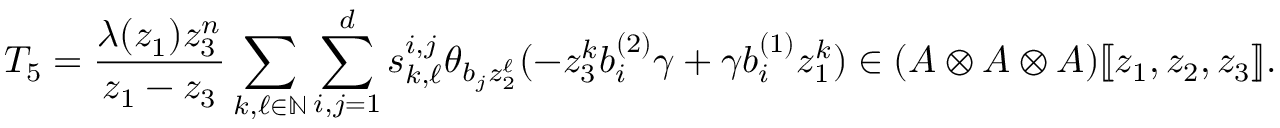
T _ { 5 } = \frac { \lambda ( z _ { 1 } ) z _ { 3 } ^ { n } } { z _ { 1 } - z _ { 3 } } \sum _ { k , \ell \in \mathbb { N } } \sum _ { i , j = 1 } ^ { d } s _ { k , \ell } ^ { i , j } \theta _ { b _ { j } z _ { 2 } ^ { \ell } } ( - z _ { 3 } ^ { k } b _ { i } ^ { ( 2 ) } \gamma + \gamma b _ { i } ^ { ( 1 ) } z _ { 1 } ^ { k } ) \in ( A \otimes A \otimes A ) [ \! [ z _ { 1 } , z _ { 2 } , z _ { 3 } ] \! ] .